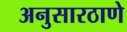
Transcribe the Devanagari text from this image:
अनुसारठाणे